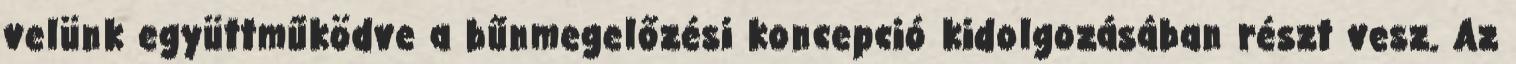
velünk együttműködve a bűnmegelőzési koncepció kidolgozásában részt vesz. Az